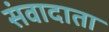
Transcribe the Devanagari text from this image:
संवादाता